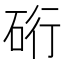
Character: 𮀖